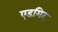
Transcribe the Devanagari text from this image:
एडमिट